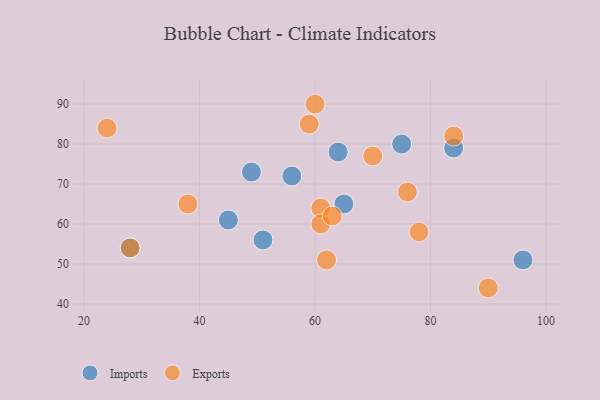
{"axis": {"x": "GDP", "y": "Life Expectancy"}, "legend": ["Exports", "Imports"], "data": [{"x": "96", "y": 51, "type": "Imports"}, {"x": "45", "y": 61, "type": "Imports"}, {"x": "49", "y": 73, "type": "Imports"}, {"x": "51", "y": 56, "type": "Imports"}, {"x": "28", "y": 54, "type": "Imports"}, {"x": "56", "y": 72, "type": "Imports"}, {"x": "75", "y": 80, "type": "Imports"}, {"x": "64", "y": 78, "type": "Imports"}, {"x": "65", "y": 65, "type": "Imports"}, {"x": "84", "y": 79, "type": "Imports"}, {"x": "76", "y": 68, "type": "Exports"}, {"x": "70", "y": 77, "type": "Exports"}, {"x": "61", "y": 64, "type": "Exports"}, {"x": "62", "y": 51, "type": "Exports"}, {"x": "28", "y": 54, "type": "Exports"}, {"x": "38", "y": 65, "type": "Exports"}, {"x": "24", "y": 84, "type": "Exports"}, {"x": "60", "y": 90, "type": "Exports"}, {"x": "59", "y": 85, "type": "Exports"}, {"x": "84", "y": 82, "type": "Exports"}, {"x": "78", "y": 58, "type": "Exports"}, {"x": "61", "y": 60, "type": "Exports"}, {"x": "90", "y": 44, "type": "Exports"}, {"x": "63", "y": 62, "type": "Exports"}]}